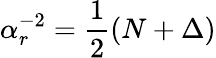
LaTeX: \alpha_{r}^{-2}=\frac{1}{2}(N+\Delta)